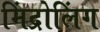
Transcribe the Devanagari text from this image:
मिंद्रोलिंग